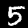
Label: 5